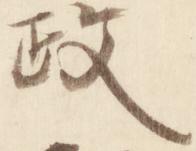
政